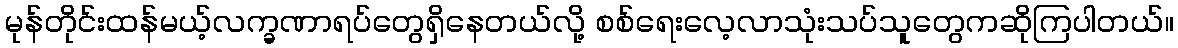
မုန်တိုင်းထန်မယ့်လက္ခဏာရပ်တွေရှိနေတယ်လို့ စစ်ရေးလေ့လာသုံးသပ်သူတွေကဆိုကြပါတယ်။